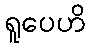
ရူပေဟိ